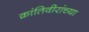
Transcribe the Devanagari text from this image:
क्रांतिवीरांच्या